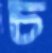
চ